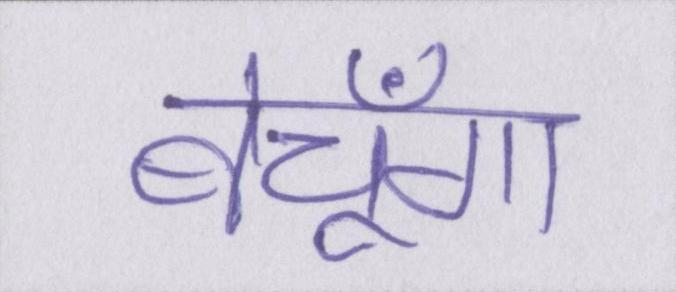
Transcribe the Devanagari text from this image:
बेचूँगा